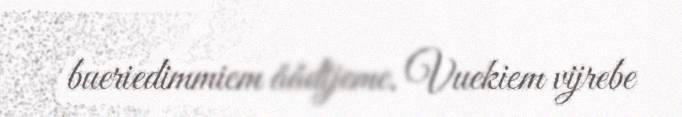
bueriedimmiem åådtjeme. Vuekiem vijrebe